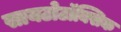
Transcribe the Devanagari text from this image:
सायटोटॉक्सिक